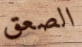
الصعق